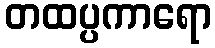
တထပ္ပကာရော